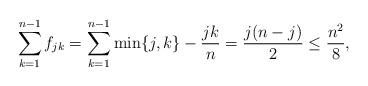
LaTeX: \begin{align*}\sum_{k=1}^{n-1}f_{jk}=\sum_{k=1}^{n-1}\min\{j,k\}-\frac{jk}{n}=\frac{j(n-j)}{2}\le \frac{n^2}{8},\end{align*}